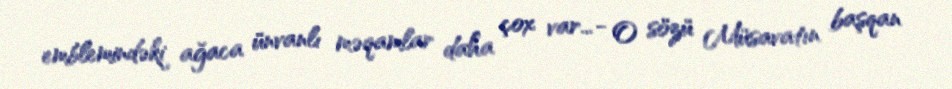
emblemindəki ağaca ünvanlı məqamlar daha çox var... - O sözü Müsavatın başqan